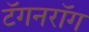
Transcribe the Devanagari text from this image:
टॅगनरॉग